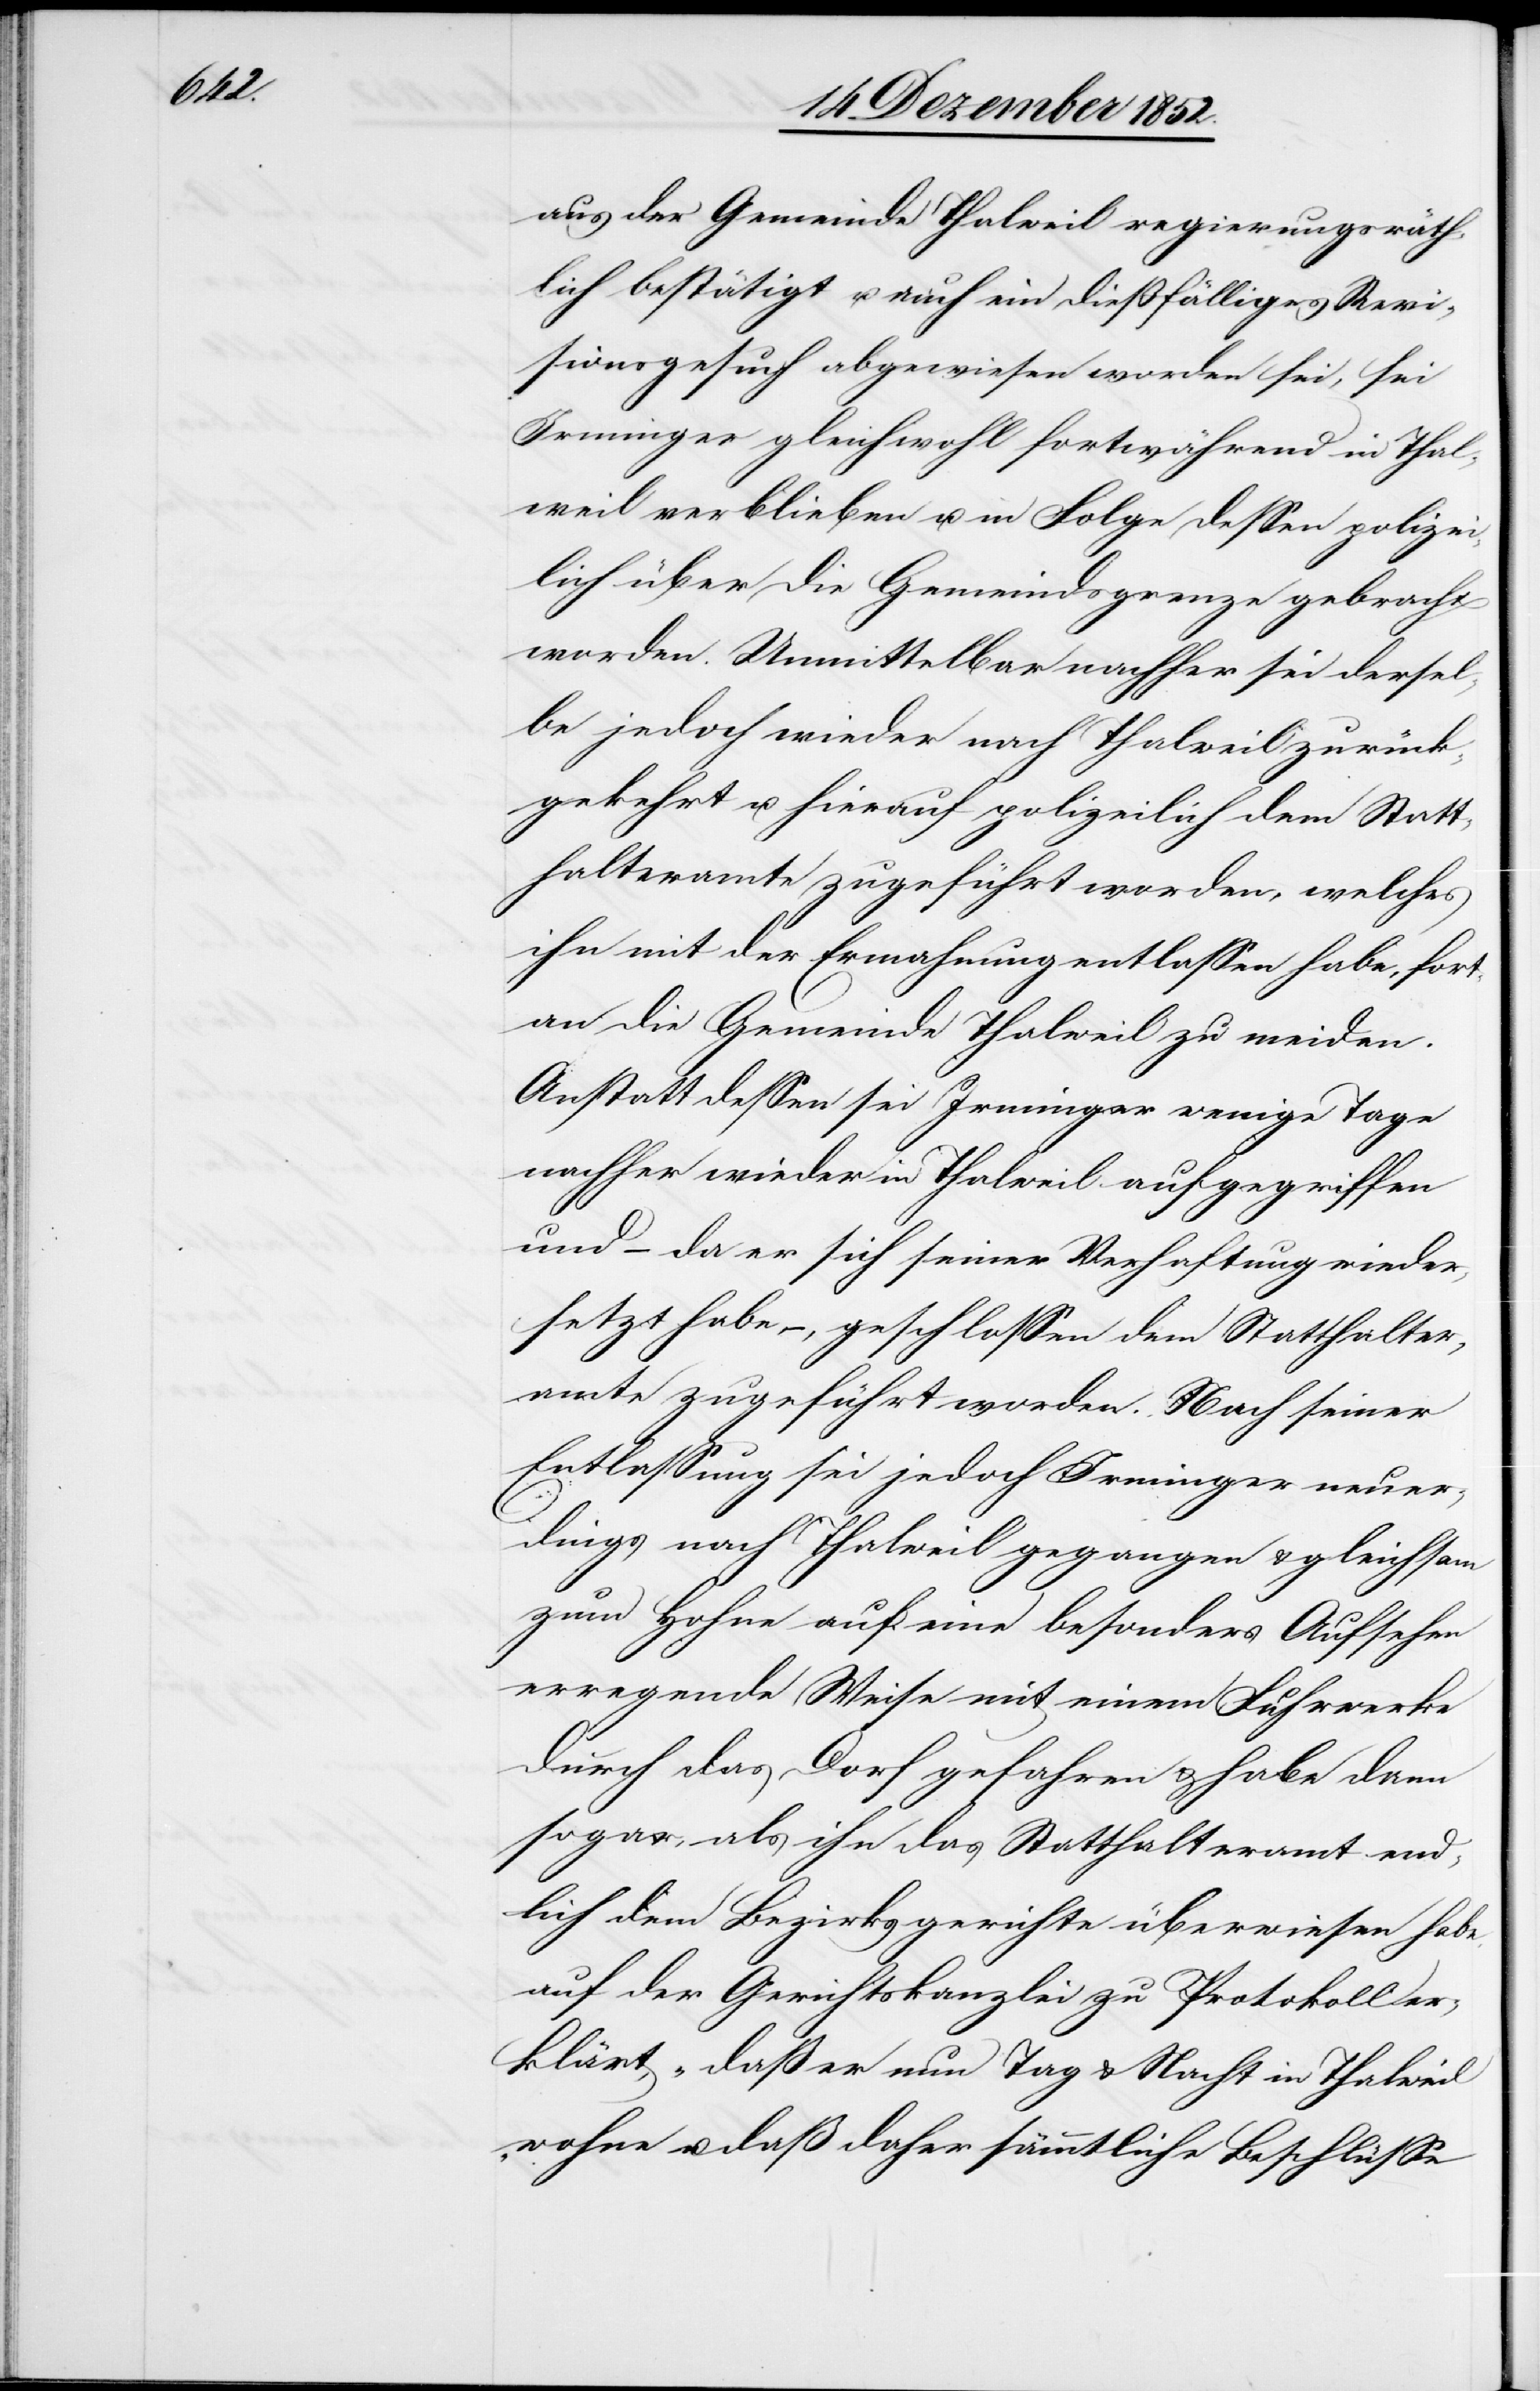
aus der Gemeinde Thalweil regierungsräth¬
lich bestätigt u. auch ein dießfälliges Revi¬
sionsgesuch abgewiesen worden sei, sei
Irminger gleichwohl fortwährend in Thal¬
weil verblieben u. in Folge dessen polizei¬
lich über die Gemeindsgrenze gebracht
worden. Unmittelbar nachher sei dersel¬
be jedoch wieder nach Thalweil zurück¬
gekehrt u. hierauf polizeilich dem Statt¬
halteramte zugeführt worden, welches
ihn mit der Ermahnung entlassen habe, fort¬
an die Gemeinde Thalweil zu meiden.
Anstatt dessen sei Irminger wenige Tage
nachher wieder in Thalweil aufgegriffen
und – da er sich seiner Verhaftung wieder¬
setzt habe –, geschlossen dem Statthalter¬
amte zugeführt worden. Nach seiner
Entlassung sei jedoch Irminger neuer¬
dings nach Thalweil gegangen & gleichsam
zum Hohne auf eine besonders Aufsehen
erregende Weise mit einem Fuhrwerke
durch das Dorf gefahren & habe dann
sogar, als ihn das Statthalteramt end¬
lich dem Bezirksgerichte überwiesen habe,
auf der Gerichtskanzlei zu Protokoll er¬
klärt, „daß er nun Tag & Nacht in Thalweil
wohne u. daß daher sämmtliche Beschlüsse